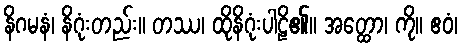
နိဂမနံ၊ နိဂုံးတည်း။ တဿ၊ ထိုနိဂုံးပါဠိ၏။ အတ္ထော၊ ကို။ ဧဝံ၊